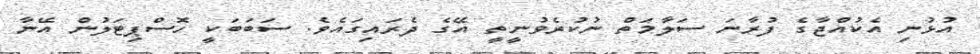
އުޅުނި އެކުއްޖާގެ ފުރާނަ ސަލާމަތް ނުކުރެވުނީތީ އޭގެ ދެރައިގައެވެ. ސަބަބަކީ ހޮސްޕިޓަލުން އޭނާ